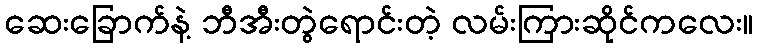
ဆေးခြောက်နဲ့ ဘီအီးတွဲရောင်းတဲ့ လမ်းကြားဆိုင်ကလေး။